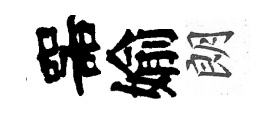
噐媮朗